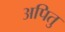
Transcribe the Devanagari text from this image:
अपितु